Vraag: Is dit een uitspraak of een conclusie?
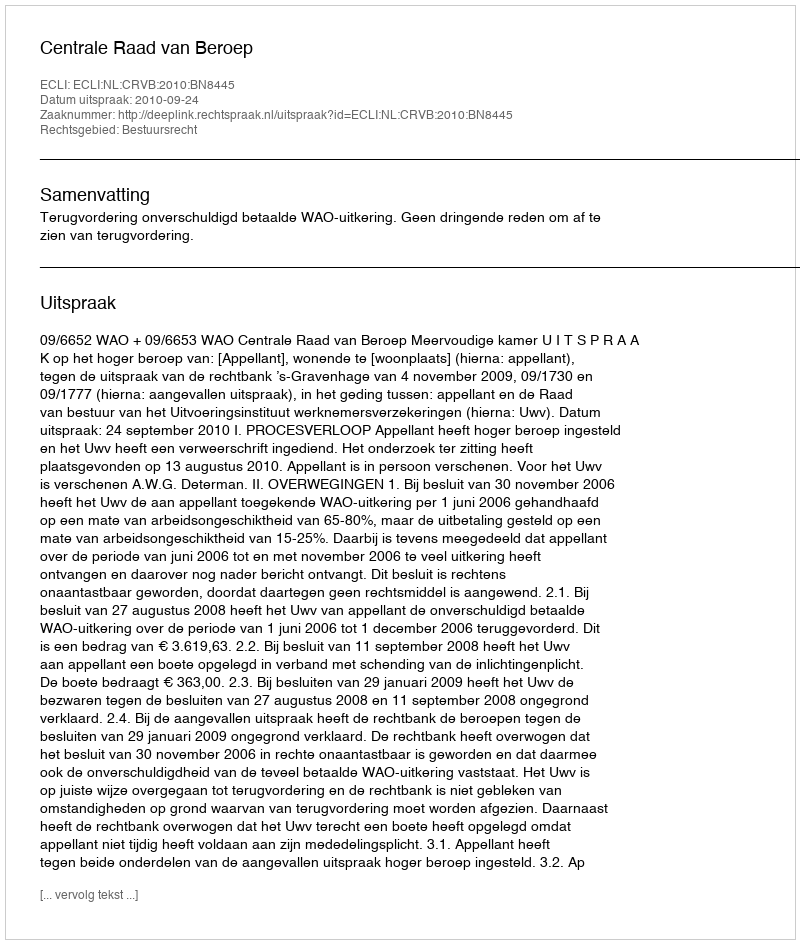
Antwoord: Uitspraak